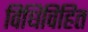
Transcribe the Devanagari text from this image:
विधिविहित